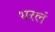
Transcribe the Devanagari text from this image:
भरलं